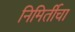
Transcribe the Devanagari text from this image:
निमिर्तीचा